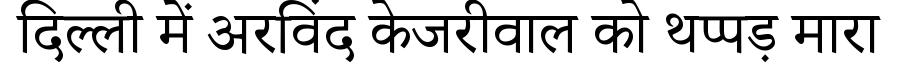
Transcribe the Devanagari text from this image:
दिल्ली में अरविंद केजरीवाल को थप्पड़ मारा